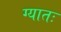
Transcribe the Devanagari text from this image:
ग्यातः